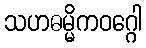
သဟဓမ္မိကဝဂ္ဂေါ